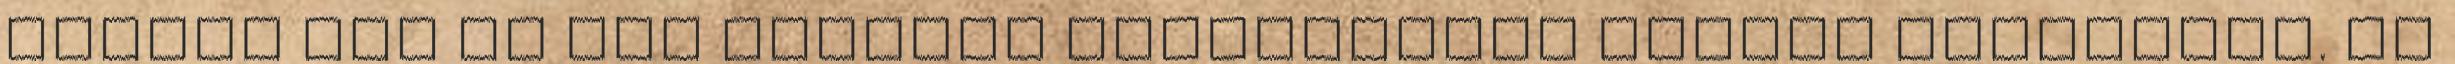
vagyis két és fél hónapja felügyeleti biztos irányítja. Az